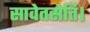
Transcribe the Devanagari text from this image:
सावेतसेति।